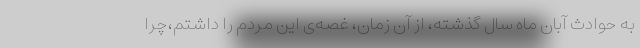
به حوادث آبان ماه سال گذشته، از آن زمان، غصه‌ی این مردم را داشتم،چرا